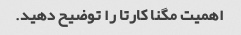
اهمیت مگنا کارتا را توضیح دهید.